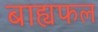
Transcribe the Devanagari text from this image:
बाह्यफल